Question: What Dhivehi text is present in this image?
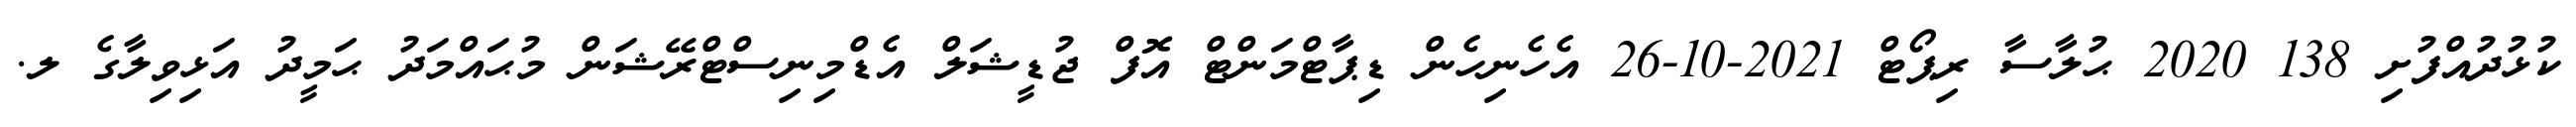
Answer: ކުޅުދުއްފުށި 138 2020 ޙުލާސާ ރިޕޯޓް 2021-10-26 އެހެނިހެން ޑިޕާޓްމަންޓް އޮފް ޖުޑީޝަލް އެޑްމިނިސްޓްރޭޝަން މުޙައްމަދު ޙަމީދު އަޅިވިލާގެ ލ.